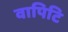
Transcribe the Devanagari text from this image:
वापिटि